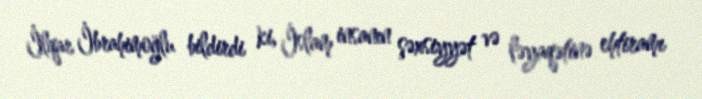
İlqar İbrahimoğlu bildirdi ki, İslam insanın şəxsiyyət və ləyaqətinə ehtiramı